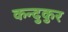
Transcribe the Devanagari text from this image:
कन्दुकुर